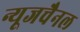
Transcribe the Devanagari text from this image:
न्यूजचैनल